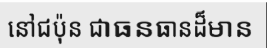
នៅជប៉ុន ជាធនធានដ៏មាន